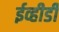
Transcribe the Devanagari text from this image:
ईव्हीडी